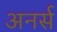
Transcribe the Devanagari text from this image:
अनर्स